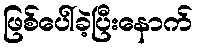
ဖြစ်ပေါ်ခဲ့ပြီးနောက်